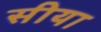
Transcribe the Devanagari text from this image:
सीया